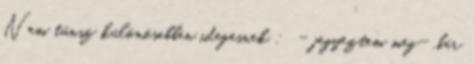
Nem tűnsz különösebben idegesnek : - jegyeztem meg- .bár